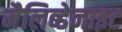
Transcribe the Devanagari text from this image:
मैलिब्डेनाइट